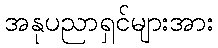
အနုပညာရှင်များအား